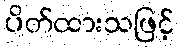
ပိတ်ထားသဖြင့်